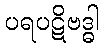
ပရပဋိဗဒ္ဓါ